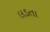
લડતા